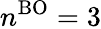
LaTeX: n^{\mathrm{BO}}=3